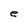
Character: e